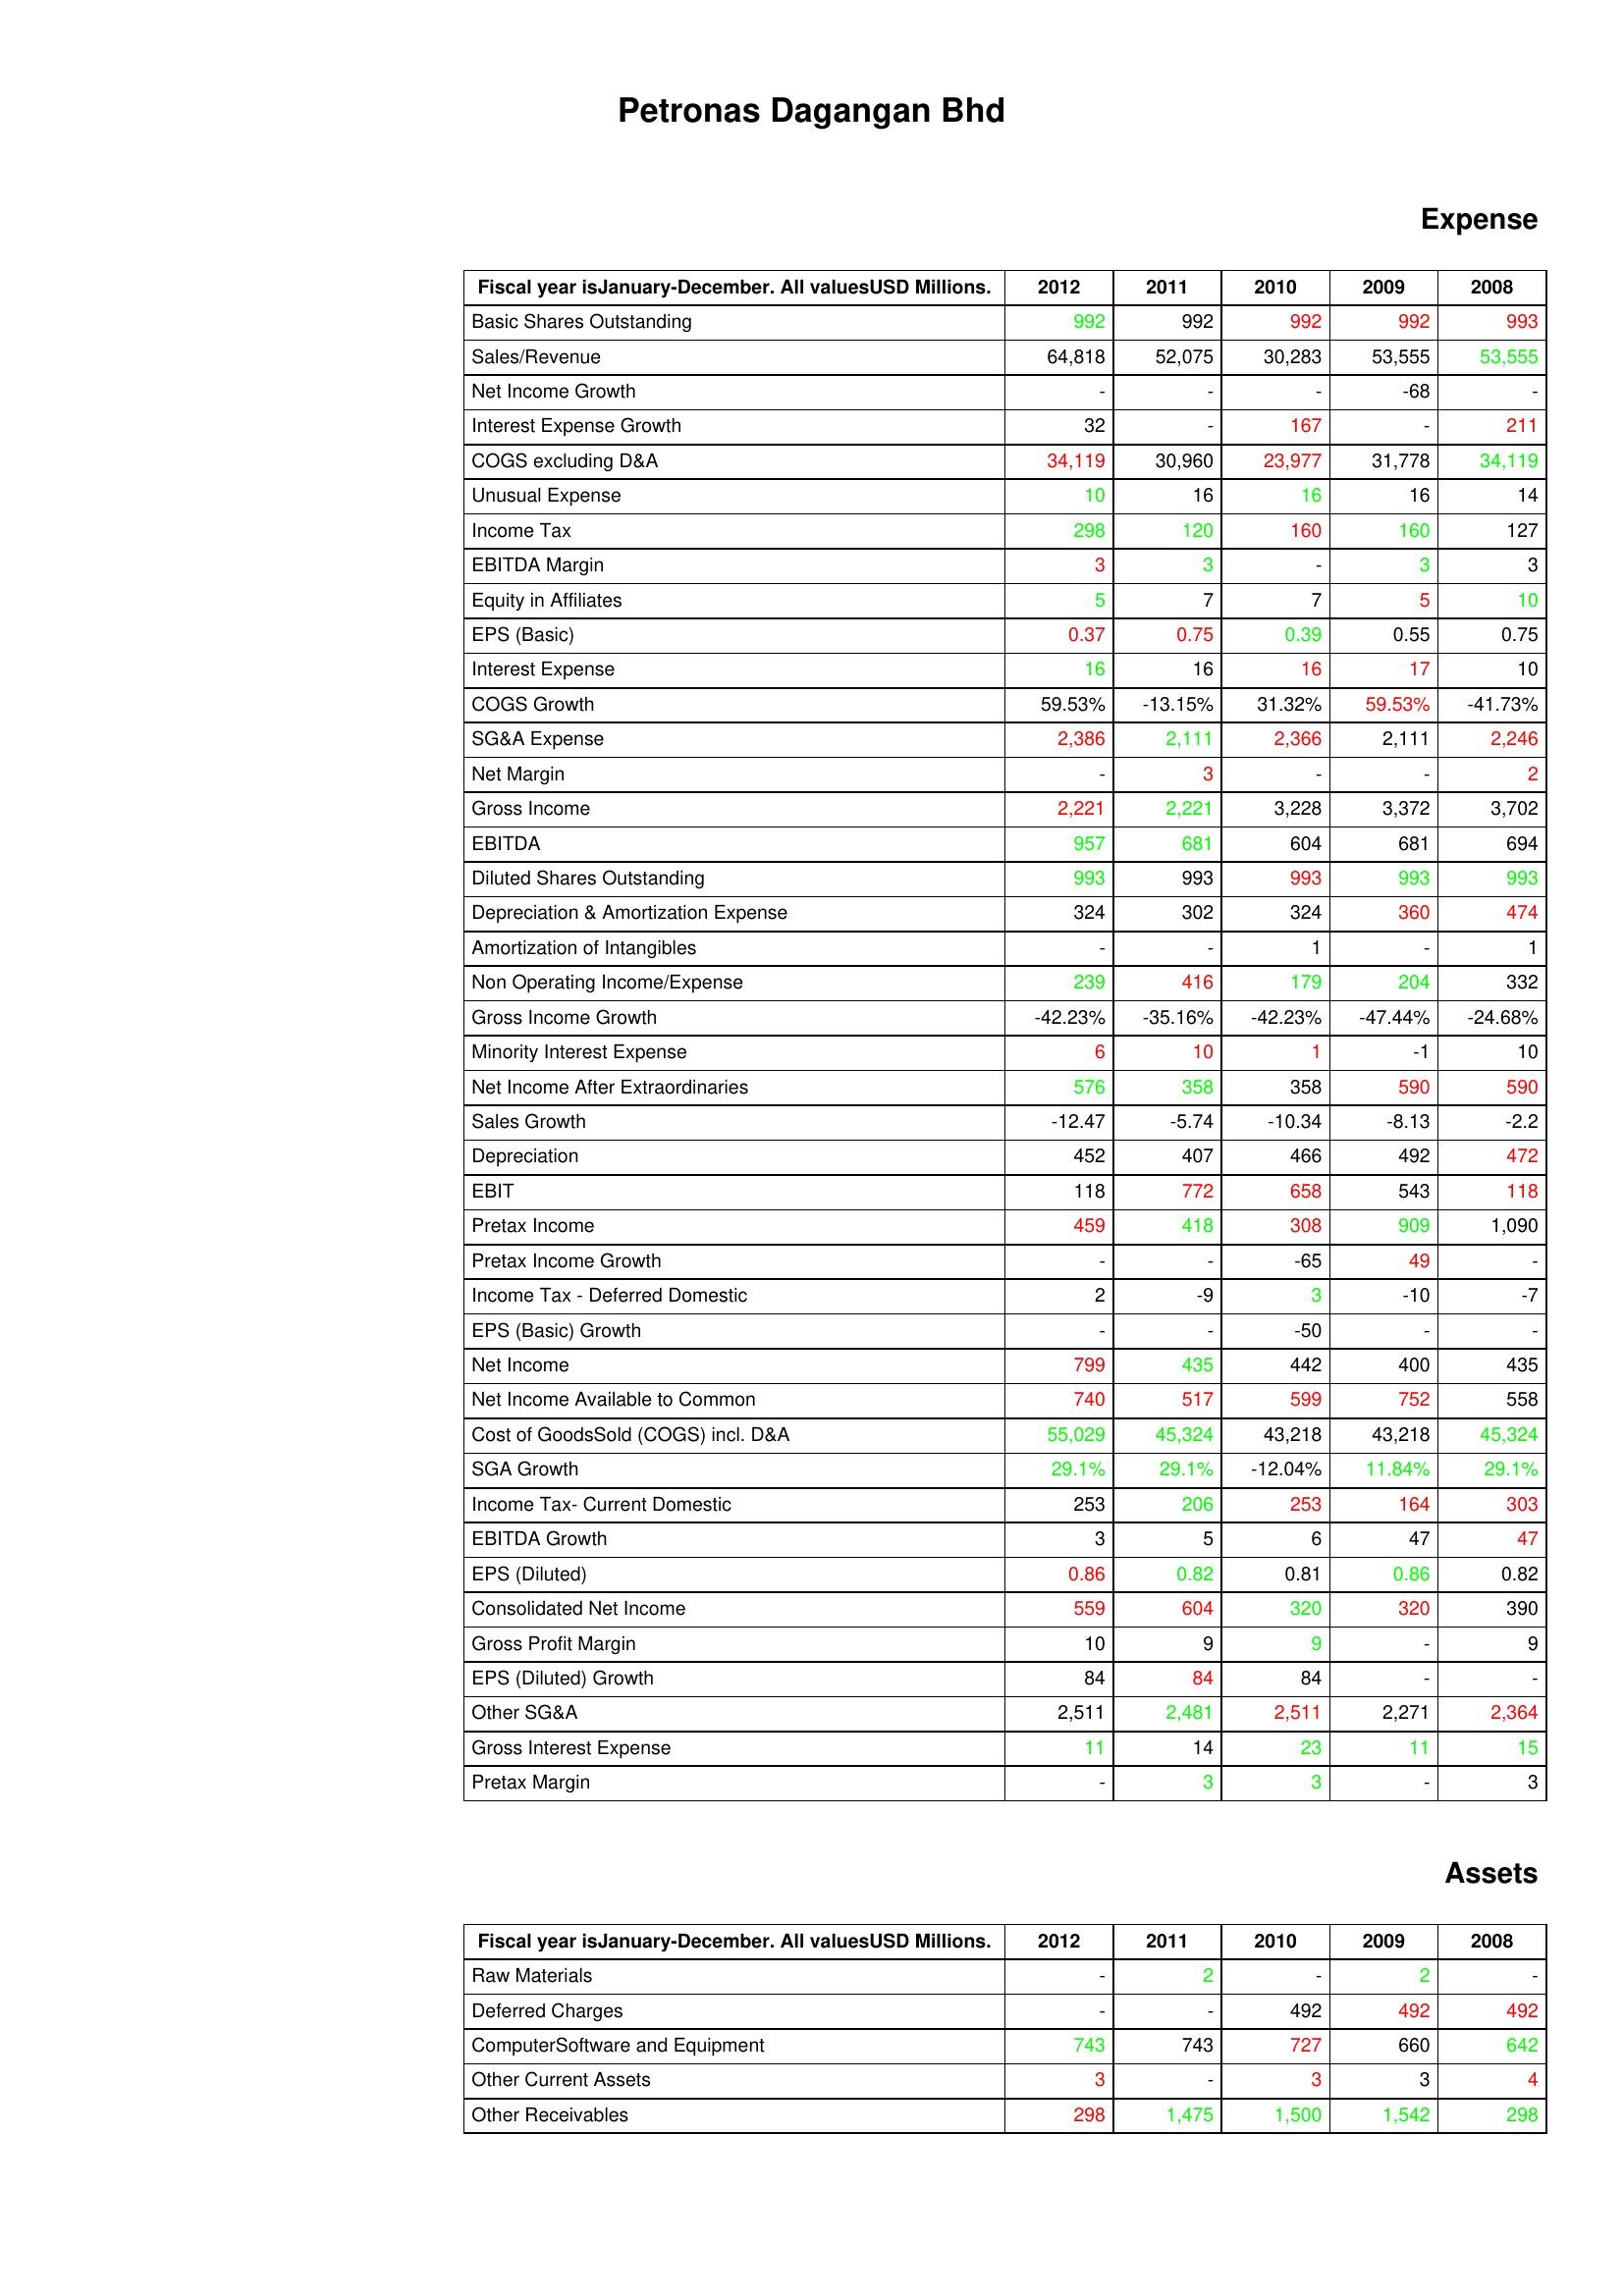
gt_parse: 2012: Expense: Basic Shares Outstanding: 992
Sales/Revenue: 64,818
Net Income Growth: -
Interest Expense Growth: 32
COGS excluding D&A: 34,119
Unusual Expense: 10
Income Tax: 298
EBITDA Margin: 3
Equity in Affiliates: 5
EPS (Basic): 0.37
Interest Expense: 16
COGS Growth: 59.53%
SG&A Expense: 2,386
Net Margin: -
Gross Income: 2,221
EBITDA: 957
Diluted Shares Outstanding: 993
Depreciation & Amortization Expense: 324
Amortization of Intangibles: -
Non Operating Income/Expense: 239
Gross Income Growth: -42.23%
Minority Interest Expense: 6
Net Income After Extraordinaries: 576
Sales Growth: -12.47
Depreciation: 452
EBIT: 118
Pretax Income: 459
Pretax Income Growth: -
Income Tax - Deferred Domestic: 2
EPS (Basic) Growth: -
Net Income: 799
Net Income Available to Common: 740
Cost of GoodsSold (COGS) incl. D&A: 55,029
SGA Growth: 29.1%
Income Tax- Current Domestic: 253
EBITDA Growth: 3
EPS (Diluted): 0.86
Consolidated Net Income: 559
Gross Profit Margin: 10
EPS (Diluted) Growth: 84
Other SG&A: 2,511
Gross Interest Expense: 11
Pretax Margin: -
Assets: Raw Materials: -
Deferred Charges: -
ComputerSoftware and Equipment: 743
Other Current Assets: 3
Other Receivables: 298
2011: Expense: Basic Shares Outstanding: 992
Sales/Revenue: 52,075
Net Income Growth: -
Interest Expense Growth: -
COGS excluding D&A: 30,960
Unusual Expense: 16
Income Tax: 120
EBITDA Margin: 3
Equity in Affiliates: 7
EPS (Basic): 0.75
Interest Expense: 16
COGS Growth: -13.15%
SG&A Expense: 2,111
Net Margin: 3
Gross Income: 2,221
EBITDA: 681
Diluted Shares Outstanding: 993
Depreciation & Amortization Expense: 302
Amortization of Intangibles: -
Non Operating Income/Expense: 416
Gross Income Growth: -35.16%
Minority Interest Expense: 10
Net Income After Extraordinaries: 358
Sales Growth: -5.74
Depreciation: 407
EBIT: 772
Pretax Income: 418
Pretax Income Growth: -
Income Tax - Deferred Domestic: -9
EPS (Basic) Growth: -
Net Income: 435
Net Income Available to Common: 517
Cost of GoodsSold (COGS) incl. D&A: 45,324
SGA Growth: 29.1%
Income Tax- Current Domestic: 206
EBITDA Growth: 5
EPS (Diluted): 0.82
Consolidated Net Income: 604
Gross Profit Margin: 9
EPS (Diluted) Growth: 84
Other SG&A: 2,481
Gross Interest Expense: 14
Pretax Margin: 3
Assets: Raw Materials: 2
Deferred Charges: -
ComputerSoftware and Equipment: 743
Other Current Assets: -
Other Receivables: 1,475
2010: Expense: Basic Shares Outstanding: 992
Sales/Revenue: 30,283
Net Income Growth: -
Interest Expense Growth: 167
COGS excluding D&A: 23,977
Unusual Expense: 16
Income Tax: 160
EBITDA Margin: -
Equity in Affiliates: 7
EPS (Basic): 0.39
Interest Expense: 16
COGS Growth: 31.32%
SG&A Expense: 2,366
Net Margin: -
Gross Income: 3,228
EBITDA: 604
Diluted Shares Outstanding: 993
Depreciation & Amortization Expense: 324
Amortization of Intangibles: 1
Non Operating Income/Expense: 179
Gross Income Growth: -42.23%
Minority Interest Expense: 1
Net Income After Extraordinaries: 358
Sales Growth: -10.34
Depreciation: 466
EBIT: 658
Pretax Income: 308
Pretax Income Growth: -65
Income Tax - Deferred Domestic: 3
EPS (Basic) Growth: -50
Net Income: 442
Net Income Available to Common: 599
Cost of GoodsSold (COGS) incl. D&A: 43,218
SGA Growth: -12.04%
Income Tax- Current Domestic: 253
EBITDA Growth: 6
EPS (Diluted): 0.81
Consolidated Net Income: 320
Gross Profit Margin: 9
EPS (Diluted) Growth: 84
Other SG&A: 2,511
Gross Interest Expense: 23
Pretax Margin: 3
Assets: Raw Materials: -
Deferred Charges: 492
ComputerSoftware and Equipment: 727
Other Current Assets: 3
Other Receivables: 1,500
2009: Expense: Basic Shares Outstanding: 992
Sales/Revenue: 53,555
Net Income Growth: -68
Interest Expense Growth: -
COGS excluding D&A: 31,778
Unusual Expense: 16
Income Tax: 160
EBITDA Margin: 3
Equity in Affiliates: 5
EPS (Basic): 0.55
Interest Expense: 17
COGS Growth: 59.53%
SG&A Expense: 2,111
Net Margin: -
Gross Income: 3,372
EBITDA: 681
Diluted Shares Outstanding: 993
Depreciation & Amortization Expense: 360
Amortization of Intangibles: -
Non Operating Income/Expense: 204
Gross Income Growth: -47.44%
Minority Interest Expense: -1
Net Income After Extraordinaries: 590
Sales Growth: -8.13
Depreciation: 492
EBIT: 543
Pretax Income: 909
Pretax Income Growth: 49
Income Tax - Deferred Domestic: -10
EPS (Basic) Growth: -
Net Income: 400
Net Income Available to Common: 752
Cost of GoodsSold (COGS) incl. D&A: 43,218
SGA Growth: 11.84%
Income Tax- Current Domestic: 164
EBITDA Growth: 47
EPS (Diluted): 0.86
Consolidated Net Income: 320
Gross Profit Margin: -
EPS (Diluted) Growth: -
Other SG&A: 2,271
Gross Interest Expense: 11
Pretax Margin: -
Assets: Raw Materials: 2
Deferred Charges: 492
ComputerSoftware and Equipment: 660
Other Current Assets: 3
Other Receivables: 1,542
2008: Expense: Basic Shares Outstanding: 993
Sales/Revenue: 53,555
Net Income Growth: -
Interest Expense Growth: 211
COGS excluding D&A: 34,119
Unusual Expense: 14
Income Tax: 127
EBITDA Margin: 3
Equity in Affiliates: 10
EPS (Basic): 0.75
Interest Expense: 10
COGS Growth: -41.73%
SG&A Expense: 2,246
Net Margin: 2
Gross Income: 3,702
EBITDA: 694
Diluted Shares Outstanding: 993
Depreciation & Amortization Expense: 474
Amortization of Intangibles: 1
Non Operating Income/Expense: 332
Gross Income Growth: -24.68%
Minority Interest Expense: 10
Net Income After Extraordinaries: 590
Sales Growth: -2.2
Depreciation: 472
EBIT: 118
Pretax Income: 1,090
Pretax Income Growth: -
Income Tax - Deferred Domestic: -7
EPS (Basic) Growth: -
Net Income: 435
Net Income Available to Common: 558
Cost of GoodsSold (COGS) incl. D&A: 45,324
SGA Growth: 29.1%
Income Tax- Current Domestic: 303
EBITDA Growth: 47
EPS (Diluted): 0.82
Consolidated Net Income: 390
Gross Profit Margin: 9
EPS (Diluted) Growth: -
Other SG&A: 2,364
Gross Interest Expense: 15
Pretax Margin: 3
Assets: Raw Materials: -
Deferred Charges: 492
ComputerSoftware and Equipment: 642
Other Current Assets: 4
Other Receivables: 298